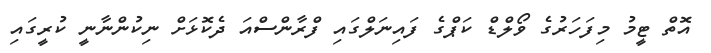
އޮތް ޓީމު މިފަހަރުގެ ވޯލްޑް ކަޕްގެ ފައިނަލްގައި ފްރާންސްއަ ދެކޮޅަށް ނިކުންނާނީ ކުރީގައި